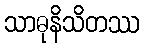
သာဓုနိသိတဿ